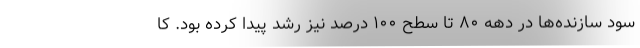
سود سازنده‌ها در دهه ۸۰ تا سطح ۱۰۰ درصد نیز رشد پیدا کرده بود. کا